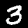
Label: 3